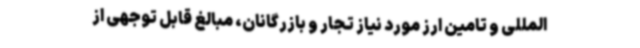
المللی و تامین ارز مورد نیاز تجار و بازرگانان، مبالغ قابل توجهی از